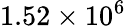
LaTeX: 1.52\times 10^{6}